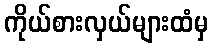
ကိုယ်စားလှယ်များထံမှ